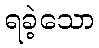
ရခဲ့သော